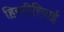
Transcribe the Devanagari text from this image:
हिस्टीरियाई